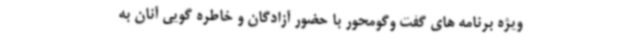
ویژه برنامه های گفت وگومحور با حضور آزادگان و خاطره گویی آنان به